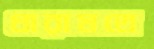
ধারামতে